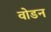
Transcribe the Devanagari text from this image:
वोडन